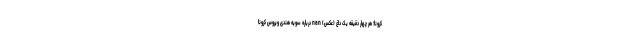
کرونا؛ هر چهار دقیقه یک داغ (عکس) nan درباره سویه هندی ویروس کرونا